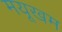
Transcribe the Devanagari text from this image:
मयूखम